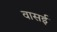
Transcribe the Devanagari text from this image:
वासई